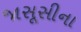
જાસૂસીના